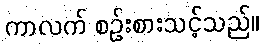
ကာလက် စဉ်းစားသင့်သည်။